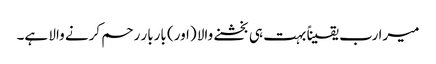
میرا رب یقیناً بہت ہی بخشنے والا (اور) باربار رحم کرنے والا ہے۔